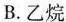
B.乙烷